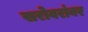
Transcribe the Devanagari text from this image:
सरोवरांवर